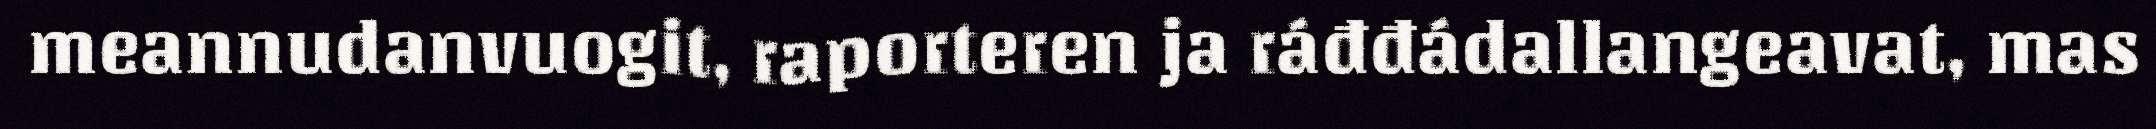
meannudanvuogit, raporteren ja ráđđádallangeavat, mas